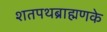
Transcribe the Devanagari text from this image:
शतपथब्राह्मणके